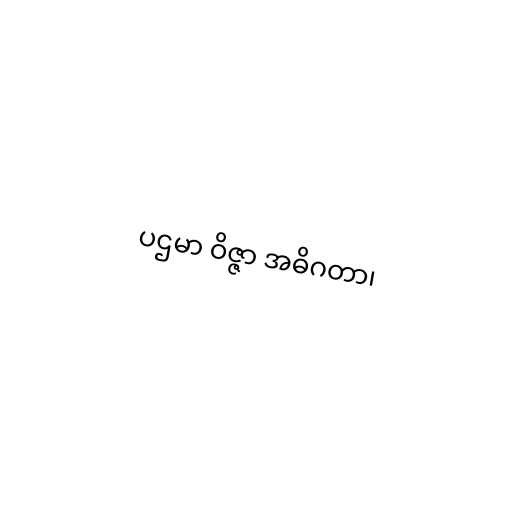
ပဌမာ ဝိဇ္ဇာ အဓိဂတာ၊